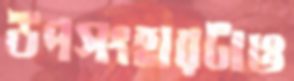
উপসংহারটাও